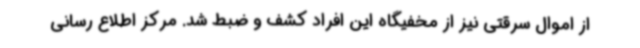
از اموال سرقتی نیز از مخفیگاه این افراد کشف و ضبط شد. مرکز اطلاع رسانی